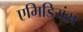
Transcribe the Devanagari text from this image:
एमिडियंस